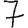
Digit: 7